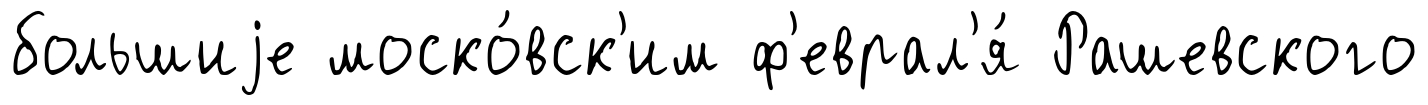
большиjе моско́вск'им ф'еврал'я́ Рашевского